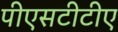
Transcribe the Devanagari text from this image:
पीएसटीटीए